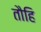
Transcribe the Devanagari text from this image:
तौहि